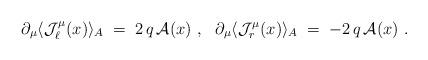
LaTeX: \begin{align*}\partial_\mu \langle {\mathcal J}_\ell^\mu (x)\rangle_A \;=\;2\,q\,{\mathcal A}(x)~,~~ \partial_\mu \langle {\mathcal J}_r^\mu(x)\rangle_A \;=\; - 2\,q\,{\mathcal A} (x)~.\end{align*}